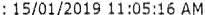
: 15/01/2019 11:05:16 AM